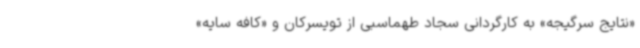
«نتایج سرگیجه» به کارگردانی سجاد طهماسبی از تویسرکان و «کافه سایه»